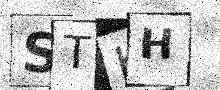
Text: STKH